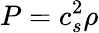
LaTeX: P=c_{s}^{2}\rho